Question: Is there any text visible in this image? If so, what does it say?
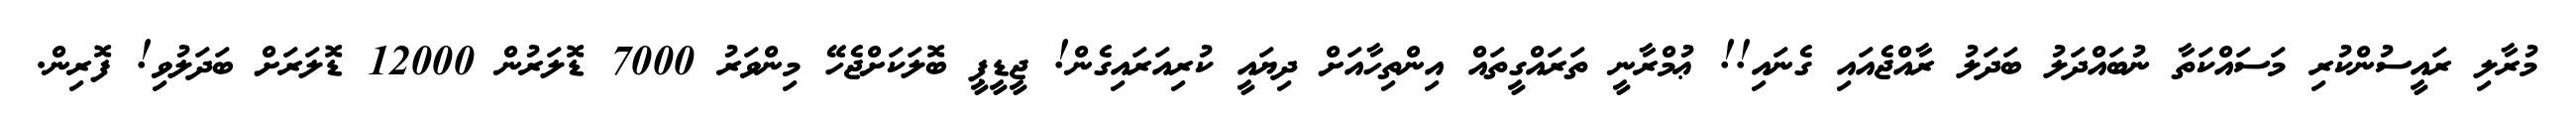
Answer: މުރާލި ރައީސުންކުރި މަސައްކަތާ ނުބައްދަލު ބަދަލު ރާއްޖެއައި ގެނައި!! ޢުމްރާނީ ތަރައްގީތައް އިންތިހާއަށް ދިޔައީ ކުރިއަރައިގެން! ޖީޑީޕީ ބޮލަކަށްޖެހޭ މިންވަރު 7000 ޑޮލަރުން 12000 ޑޮލަރަށް ބަދަލުވި! ފޮރިން.